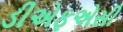
ડીએફએસી